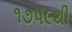
૧૭૫૯થી